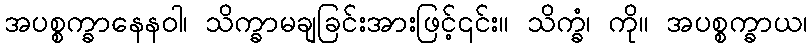
အပစ္စက္ခာနေနဝါ၊ သိက္ခာမချခြင်းအားဖြင့်၎င်း။ သိက္ခံ၊ ကို။ အပစ္စက္ခာယ၊